Report on vaccination proceedings throughout the Government of Bengal -
Year: 1868
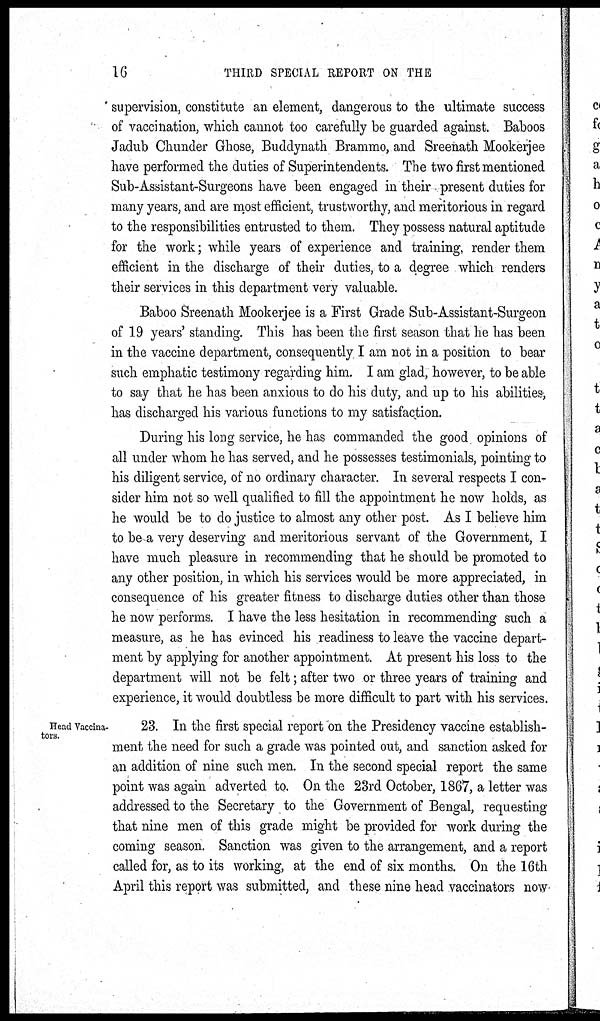
16
THIRD SPECIAL REPORT ON THE
supervision, constitute an element, dangerous to the ultimate success
of vaccination, which cannot too carefully be guarded against. Baboos
Jadub Chunder Ghose, Buddynath Brammo, and Sreenath Mookerjee
have performed the duties of Superintendents. The two first mentioned
Sub-Assistant-Surgeons have been engaged in their present duties for
many years, and are most efficient, trustworthy, and meritorious in regard
to the responsibilities entrusted to them. They possess natural aptitude
for the work; while years of experience and training, render them
efficient in the discharge of their duties, to a degree which renders
their services in this department very valuable.
Baboo Sreenath Mookerjee is a First Grade Sub-Assistant-Surgeon
of 19 years' standing. This has been the first season that he has been
in the vaccine department, consequently I am not in a position to bear
such emphatic testimony regarding him. I am glad, however, to be able
to say that he has been anxious to do his duty, and up to his abilities-,
has discharged his various functions to my satisfaction.
During his long service, he has commanded the good opinions of
all under whom he has served, and he possesses testimonials, pointing to
his diligent service, of no ordinary character. In several respects I con-
sider him not so well qualified to fill the appointment he now holds, as
he would be to do justice to almost any other post. As I believe him
to be a very deserving and meritorious servant of the Government, I
have much pleasure in recommending that he should be promoted to
any other position, in which his services would be more appreciated, in
consequence of his greater fitness to discharge duties other than those
he now performs. I have the less hesitation in recommending such a
measure, as he has evinced his readiness to leave the vaccine depart-
ment by applying for another appointment. At present his loss to the
department will not be felt; after two or three years of training and
experience, it would doubtless be more difficult to part with his services.
Head Vaccina-
tors.
23. In the first special report on the Presidency vaccine establish-
ment the need for such a grade was pointed out, and sanction asked for
an addition of nine such men. In the second special report the same
point was again adverted to. On the 23rd October, 1867, a letter was
addressed to the Secretary to the Government of Bengal, requesting
that nine men of this grade might be provided for work during the
coming season. Sanction was given to the arrangement, and a report
called for, as to its working, at the end of six months. On the 16th
April this report was submitted, and these nine head vaccinators now